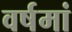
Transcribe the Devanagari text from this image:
वर्षमां